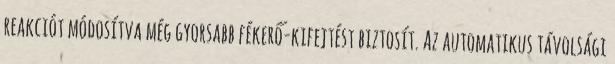
reakciót módosítva még gyorsabb fékerő-kifejtést biztosít. Az automatikus távolsági